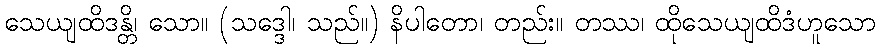
သေယျထိဒန္တိ၊ သော။ (သဒ္ဒေါ၊ သည်။) နိပါတော၊ တည်း။ တဿ၊ ထိုသေယျထိဒံဟူသော